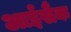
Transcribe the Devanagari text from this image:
आईसैक